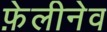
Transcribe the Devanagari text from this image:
फ़ेलीनेव